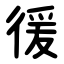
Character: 㣪